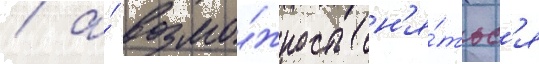
/ а́ возмо́жность сн'я́тьс'я